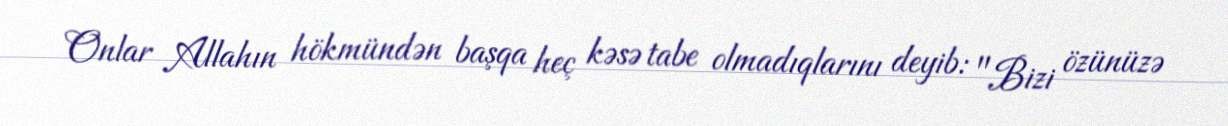
Onlar Allahın hökmündən başqa heç kəsə tabe olmadıqlarını deyib: "Bizi özünüzə